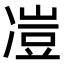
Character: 凒